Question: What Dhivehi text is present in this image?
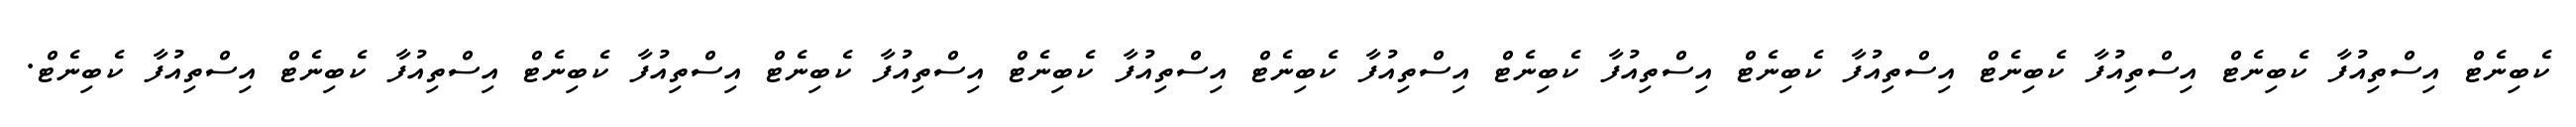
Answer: ކެބިނެޓް އިސްތިއުފާ ކެބިނެޓް އިސްތިއުފާ ކެބިނެޓް އިސްތިއުފާ ކެބިނެޓް އިސްތިއުފާ ކެބިނެޓް އިސްތިއުފާ ކެބިނެޓް އިސްތިއުފާ ކެބިނެޓް އިސްތިއުފާ ކެބިނެޓް އިސްތިއުފާ ކެބިނެޓް އިސްތިއުފާ ކެބިނެޓް އިސްތިއުފާ ކެބިނެޓް.